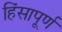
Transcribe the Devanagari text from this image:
हिंसापूर्ण